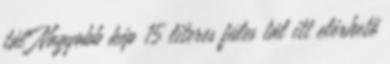
tál Nagyobb kép 15 literes füles tál itt elérhető